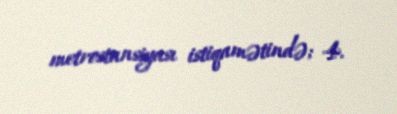
metrostansiyası istiqamətində; 4.